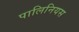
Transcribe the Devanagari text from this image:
पालिनियस